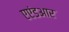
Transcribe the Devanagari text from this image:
एएंडआर